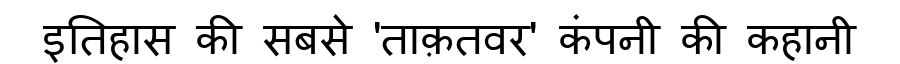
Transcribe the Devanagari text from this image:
इतिहास की सबसे 'ताक़तवर' कंपनी की कहानी